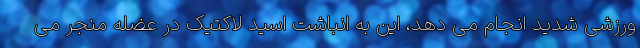
ورزشی شدید انجام می دهد، این به انباشت اسید لاکتیک در عضله منجر می